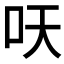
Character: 𱒆